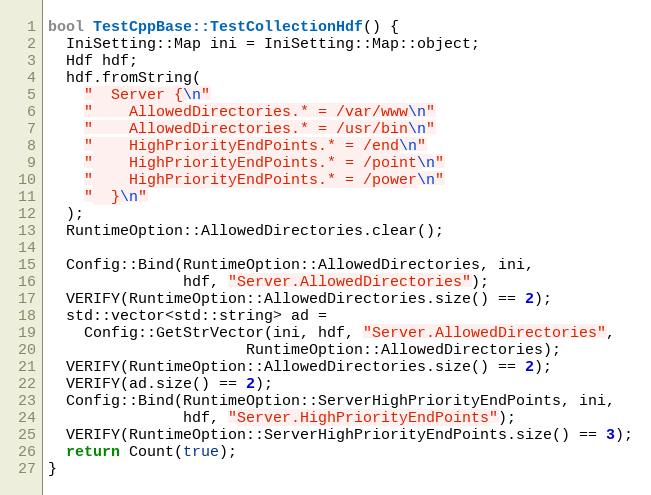
Language: C++
bool TestCppBase::TestCollectionHdf() {
  IniSetting::Map ini = IniSetting::Map::object;
  Hdf hdf;
  hdf.fromString(
    "  Server {\n"
    "    AllowedDirectories.* = /var/www\n"
    "    AllowedDirectories.* = /usr/bin\n"
    "    HighPriorityEndPoints.* = /end\n"
    "    HighPriorityEndPoints.* = /point\n"
    "    HighPriorityEndPoints.* = /power\n"
    "  }\n"
  );
  RuntimeOption::AllowedDirectories.clear();

  Config::Bind(RuntimeOption::AllowedDirectories, ini,
               hdf, "Server.AllowedDirectories");
  VERIFY(RuntimeOption::AllowedDirectories.size() == 2);
  std::vector<std::string> ad =
    Config::GetStrVector(ini, hdf, "Server.AllowedDirectories",
                      RuntimeOption::AllowedDirectories);
  VERIFY(RuntimeOption::AllowedDirectories.size() == 2);
  VERIFY(ad.size() == 2);
  Config::Bind(RuntimeOption::ServerHighPriorityEndPoints, ini,
               hdf, "Server.HighPriorityEndPoints");
  VERIFY(RuntimeOption::ServerHighPriorityEndPoints.size() == 3);
  return Count(true);
}